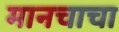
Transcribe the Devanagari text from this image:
मानचाचा